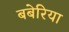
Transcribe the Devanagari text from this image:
बबेरिया